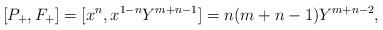
LaTeX: \begin{align*}[P_+,F_+] = [x^n,x^{1-n}Y^{m+n-1}] = n(m+n-1)Y^{m+n-2},\end{align*}